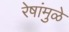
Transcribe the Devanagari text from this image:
रेषांमुळे